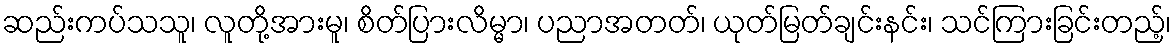
ဆည်းကပ်သသူ၊ လူတို့အားမူ၊ စိတ်ပြားလိမ္မာ၊ ပညာအတတ်၊ ယုတ်မြတ်ချင်းနင်း၊ သင်ကြားခြင်းတည့်၊